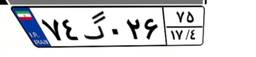
۷۴گ۰۲۶۷۵